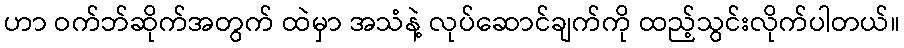
ဟာ ဝက်ဘ်ဆိုက်အတွက် ထဲမှာ အသံနဲ့ လုပ်ဆောင်ချက်ကို ထည့်သွင်းလိုက်ပါတယ်။